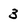
Character: 3